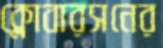
ক্লোবারসনের